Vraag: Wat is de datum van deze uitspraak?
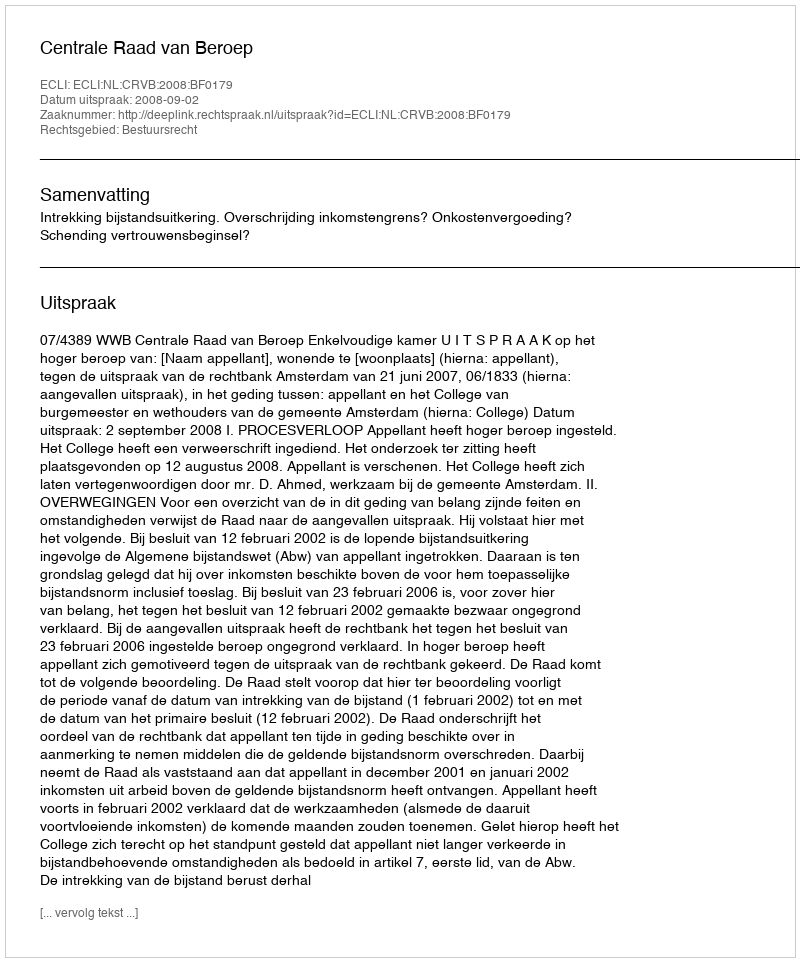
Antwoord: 2008-09-02